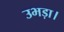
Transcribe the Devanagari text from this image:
उभड़ा।